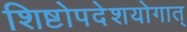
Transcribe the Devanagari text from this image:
शिष्टोपदेशयोगात्